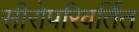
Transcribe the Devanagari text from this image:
सीरोपरिवर्तित